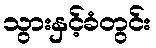
သွားနှင့်ခံတွင်း